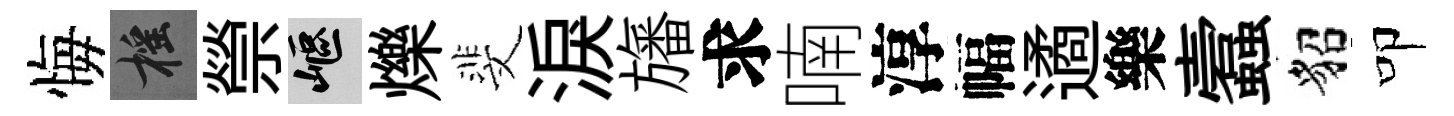
悔摇禜嶇爍斐淚旛求喃淳幅遹樂蠧貂叩